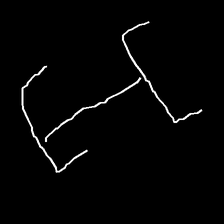
Glyph: entwine